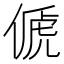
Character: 傂